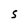
Character: S